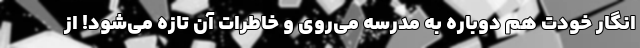
انگار خودت هم دوباره به مدرسه می‌روی و خاطرات آن تازه می‌شود! از